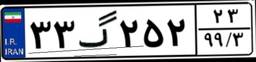
۳۳گ۲۵۲۲۳